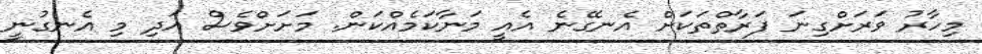
މިހާރު ވަރަށްގިނަ ފަރާތްތަކަށް އެނގޭނެ އެއީ މަނާކަމެއްކަން. މަށަށްވެސް އަދި މި އެނގުނީ